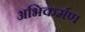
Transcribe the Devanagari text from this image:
अभिकर्मण